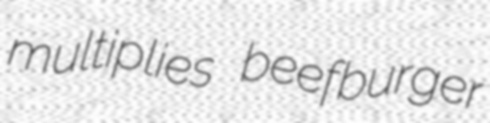
multiplies beefburger